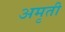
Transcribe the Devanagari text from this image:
अमृती